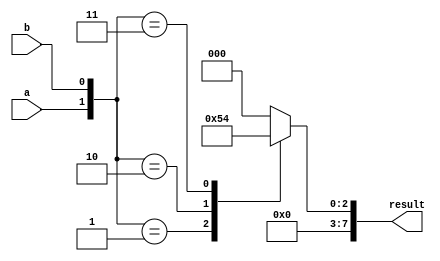
module priority_case_statement(
    input wire a,
    input wire b,
    output reg [7:0] result
);

always @* begin
    // Priority case statement
    casez ({a, b})
        2'b01: result = 8'b00000001; // If a is 0 and b is 1
        2'b10: result = 8'b00000010; // If a is 1 and b is 0
        2'b11: result = 8'b00000100; // If a is 1 and b is 1
        default: result = 8'b00000000; // Default case
    endcase
end

endmodule